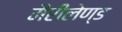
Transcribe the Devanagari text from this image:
मैरीलेण्ड